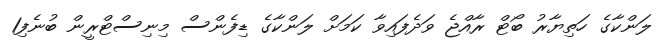
ލަންކާގެ ހަތިޔާރު ބޯޓް ރާއްޖެ ވަދެފައިވާ ކަމަށް ލަންކާގެ ޑިފެންސް މިނިސްޓްރީން ބުނެފި1